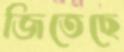
জিতেছে